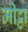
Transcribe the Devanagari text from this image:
मीट्ठा